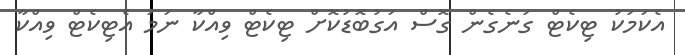
އެކަމަކު ޓިކެޓް ގަނެގެން ގޮސް އަގުބޮޑުކޮށް ޓިކެޓް ވިއްކާ ނަމަ އެޓިކެޓް ވިއްކާ